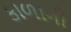
કાળાની